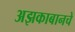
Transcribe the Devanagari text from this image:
अझकाबानचे